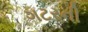
ગટરની